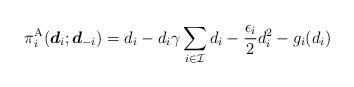
LaTeX: \begin{align*}\pi_i^\mathrm{A}(\boldsymbol{d}_i;\boldsymbol{d}_{-i}) &= d_i -d_i \gamma \sum_{i \in \mathcal{I}} d_i -\frac{\epsilon_i}{2}d_i^2 - g_i(d_i)\end{align*}